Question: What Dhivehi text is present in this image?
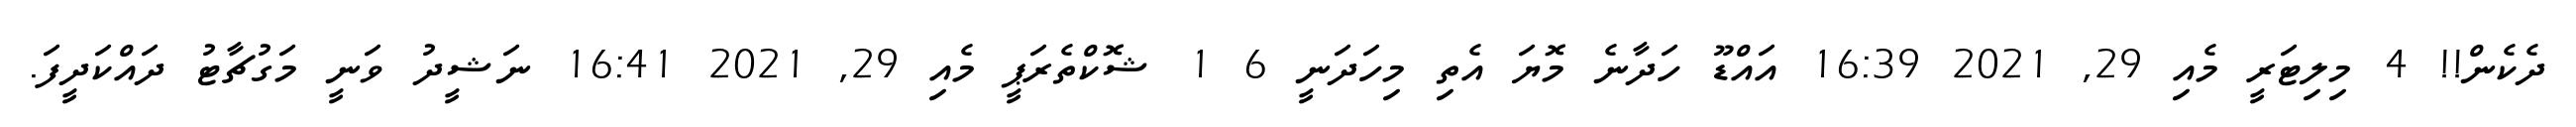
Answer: ދެކެން!! 4 މިލިޓަރީ މެއި 29, 2021 16:39 އައްޑޫ ހަދާނެ މޮޔަ އެތި މިހަދަނީ 6 1 ޝޮކްތެރަޕީ މެއި 29, 2021 16:41 ނަޝީދު ވަނީ މަގުޗާޓު ދައްކަދީފަ.